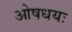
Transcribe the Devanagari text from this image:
ओषधयः